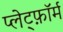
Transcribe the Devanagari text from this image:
प्लेट्फ़ॉर्म